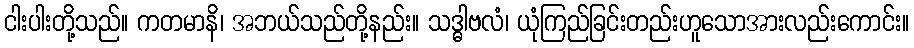
ငါးပါးတို့သည်။ ကတမာနိ၊ အဘယ်သည်တို့နည်း။ သဒ္ဓါဗလံ၊ ယုံကြည်ခြင်းတည်းဟူသောအားလည်းကောင်း။